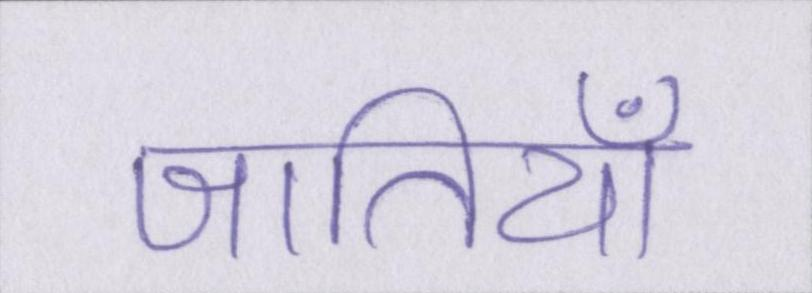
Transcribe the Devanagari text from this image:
जातियाँ